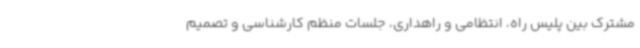
مشترک بین پلیس راه، انتظامی و راهداری، جلسات منظم کارشناسی و تصمیم